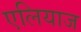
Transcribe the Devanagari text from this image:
एलियाज